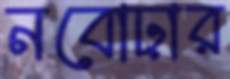
নবোঢ়ার